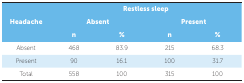
| <ROWSPAN=3> Headache | <COLSPAN=4> Restless sleep |
 | <COLSPAN=2> Absent | <COLSPAN=2> Present |
 | n | % | n | % |
 | --- | --- | --- | --- | --- |
 | Absent | 468 | 83.9 | 215 | 68.3 |
 | Present | 90 | 16.1 | 100 | 31.7 |
 | Total | 558 | 100 | 315 | 100 |